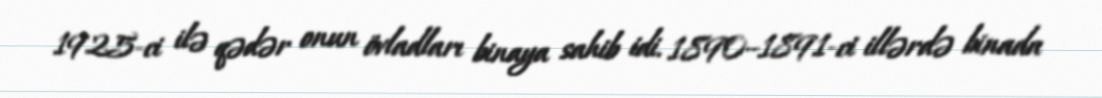
1925-ci ilə qədər onun övladları binaya sahib idi. 1890–1891-ci illərdə binada